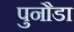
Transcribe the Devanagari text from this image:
पुनौडा